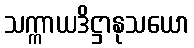
သက္ကာယဒိဋ္ဌာနုသယော